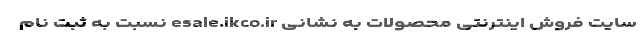
سایت فروش اینترنتی محصولات به نشانی esale.ikco.ir نسبت به ثبت نام